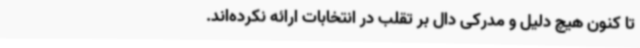
تا کنون هیچ دلیل و مدرکی دال بر تقلب در انتخابات ارائه نکرده‌اند.